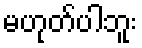
မဟုတ်ပါဘူး